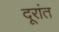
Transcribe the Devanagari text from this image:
दूरांत